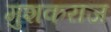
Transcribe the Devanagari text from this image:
मुशकराज